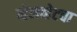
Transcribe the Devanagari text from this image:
व्हेलव्हेटचा